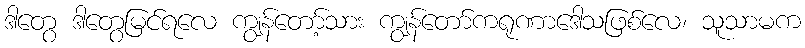
ဒါတွေ ဒါတွေမြင်ရလေ ကျွန်တော့်သား ကျွန်တော်ကရုဏာဒေါသဖြစ်လေ၊ သူသာမက